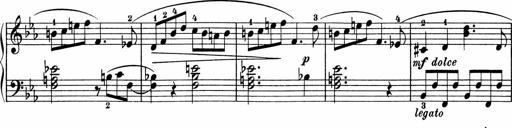
Title: 5 Sonatinen fÃ¼r die Jugend
Composer: Carl Reinecke